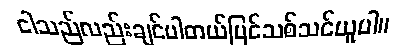
ငါသည်လည်းချင်ပါတယ်ပြင်သစ်သင်ယူပါ။